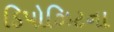
ડિપોઝિટના